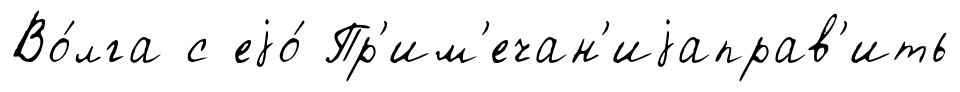
Во́лга с еjо́ Пр'им'ечан'иjаправ'ить